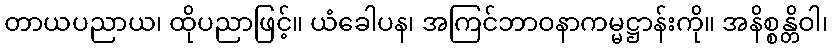
တာယပညာယ၊ ထိုပညာဖြင့်။ ယံခေါပန၊ အကြင်ဘာဝနာကမ္မဋ္ဌာန်းကို။ အနိစ္စန္တိဝါ၊